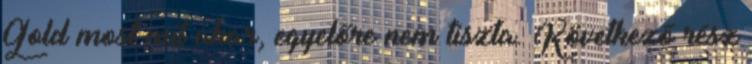
Gold most mit akar, egyelőre nem tiszta. Következő rész